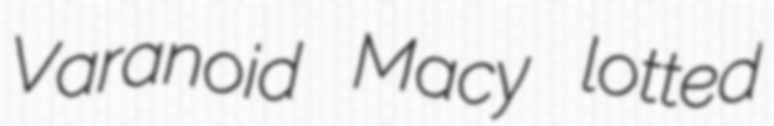
Varanoid Macy lotted